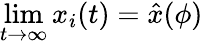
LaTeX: \operatorname*{lim}_{t\to\infty}x_{i}(t)=\hat{x}(\phi)